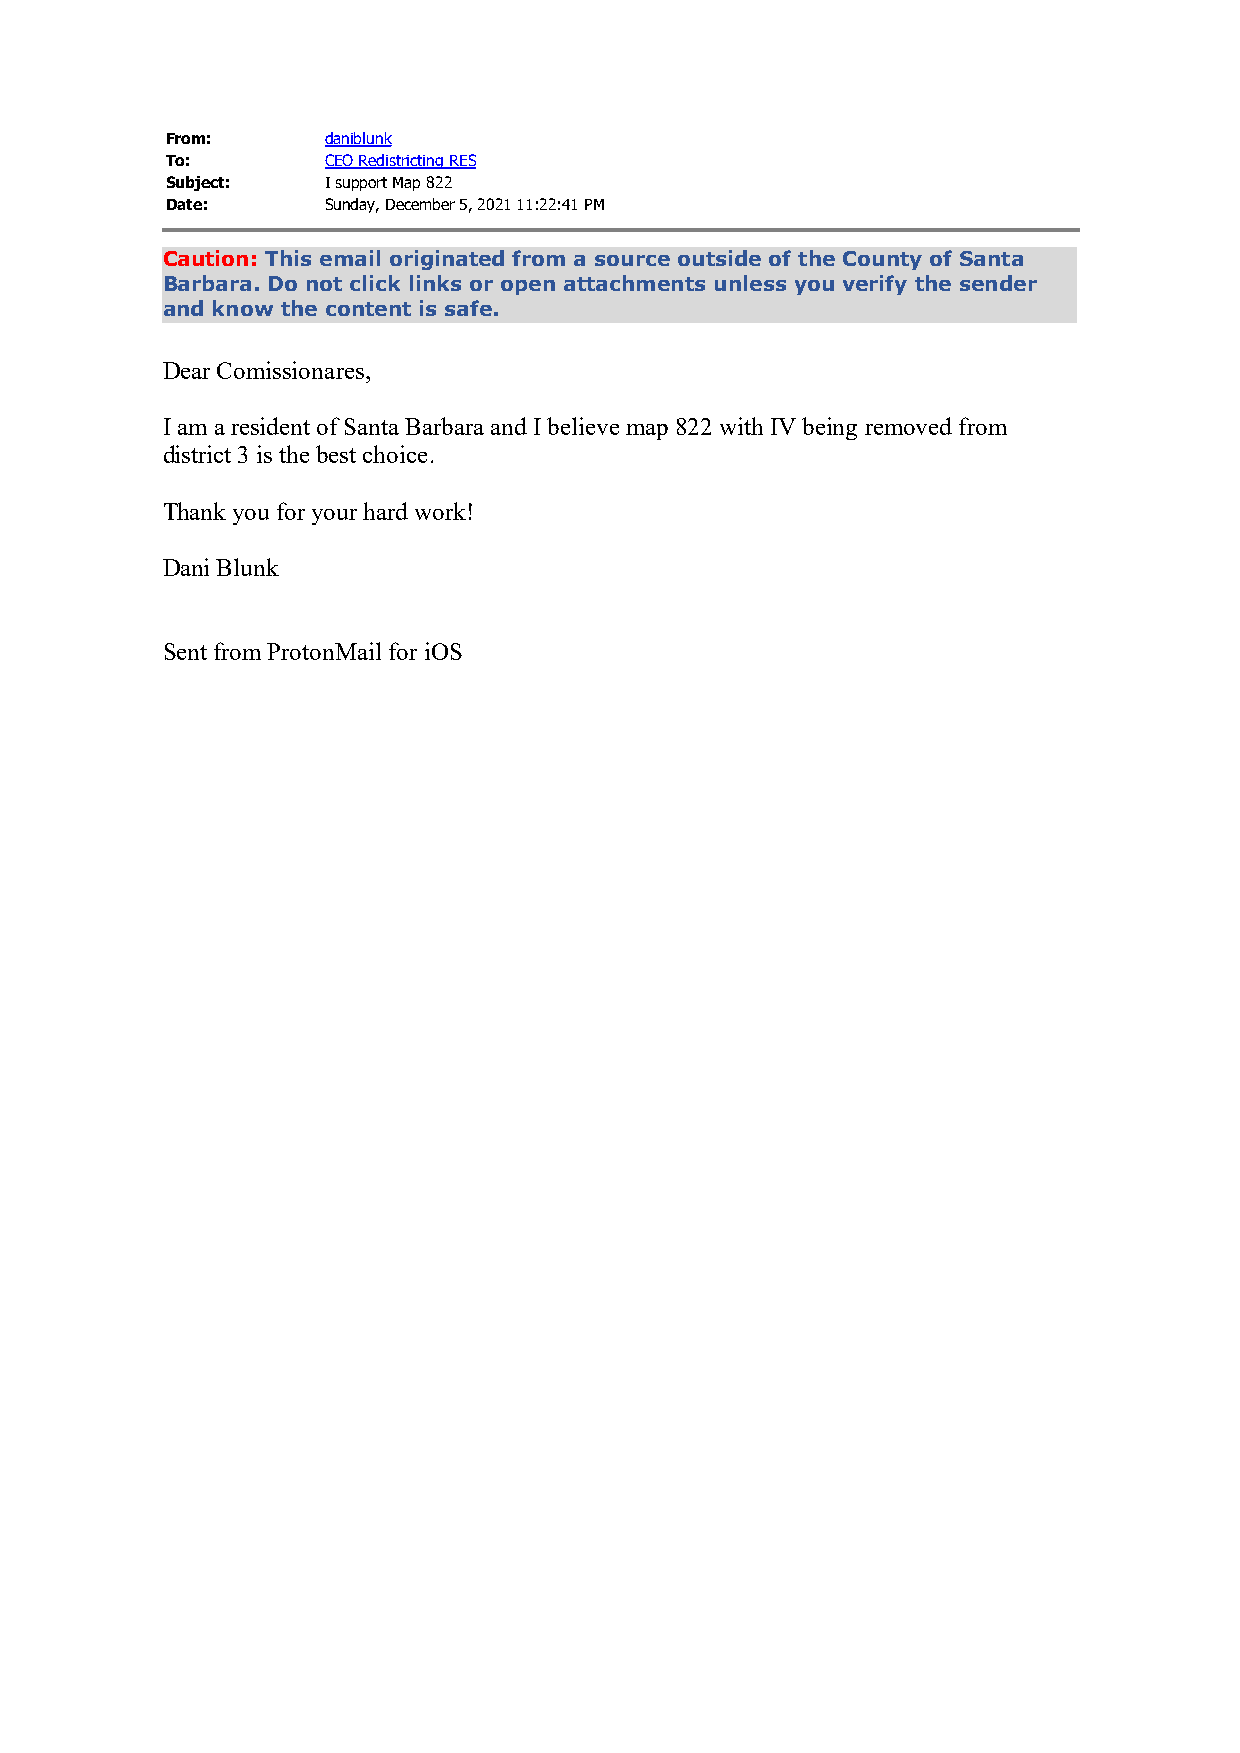
From:      daniblunk
 To:        CEO Redistricting RES
 Subject:   I support Map 822
 Date:      Sunday, December 5, 2021 11:22:41 PM
 Caution: This email originated from a source outside of the County of Santa
 Barbara. Do not click links or open attachments unless you verify the sender
 and know the content is safe.
 Dear Comissionares,
 I am a resident of Santa Barbara and I believe map 822 with IV being removed from
 district 3 is the best choice.
 Thank you for your hard work!
 Dani Blunk
 Sent from ProtonMail for iOS